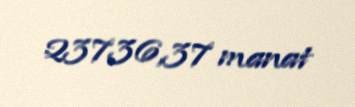
23736,37 manat